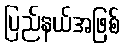
ပြည်နယ်အဖြစ်